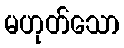
မဟုတ်သော